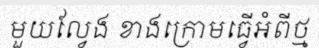
មួយល្វែង ខាងក្រោមធ្វើអំពីថ្ម